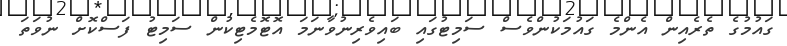
ގައުމުގެ ތެރެއިން އެންމެ ގައުމަކުންވެސް ސަމިޓުގައި ބައިވެރިނުވާނަމަ އޮޓޮމެޓިކުން ސަމިޓު ފަސްކޮށް ނުވަތަ